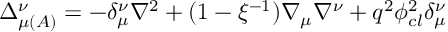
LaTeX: \Delta _ { \mu \left( A \right) } ^ { \nu } = - \delta _ { \mu } ^ { \nu } \nabla ^ { 2 } + ( 1 - \xi ^ { - 1 } ) \nabla _ { \mu } \nabla ^ { \nu } + q ^ { 2 } \phi _ { c l } ^ { 2 } \delta _ { \mu } ^ { \nu }